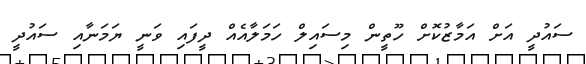
ސައުދީ އަށް އަމާޒުކޮށް ހޫތީން މިސައިލް ހަމަލާއެއް ދީފައި ވަނީ ޔަމަނާއި ސައުދީ